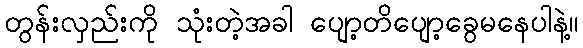
တွန်းလှည်းကို သုံးတဲ့အခါ ပျော့တိပျော့ခွေမနေပါနဲ့။